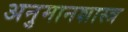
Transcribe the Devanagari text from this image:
अनुमानशास्त्र